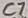
Text: C7